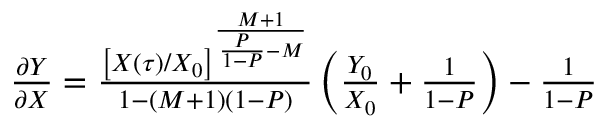
\begin{array} { r } { \frac { \partial Y } { \partial X } = \frac { \left[ X ( \tau ) / X _ { 0 } \right] ^ { \frac { M + 1 } { \frac { P } { 1 - P } - M } } } { 1 - ( M + 1 ) ( 1 - P ) } \left( \frac { Y _ { 0 } } { X _ { 0 } } + \frac { 1 } { 1 - P } \right) - \frac { 1 } { 1 - P } } \end{array}